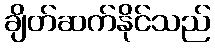
ချိတ်ဆက်နိုင်သည်